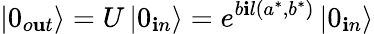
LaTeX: \left|0_{o\mathbf{u}t}\right\rangle=U\left|0_{\mathbf{i}n}\right\rangle=e^{b\mathbf{i}l(a^{*},b^{*})}\left|0_{\mathbf{i}n}\right\rangle